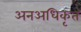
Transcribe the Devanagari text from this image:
अनअधिकृत